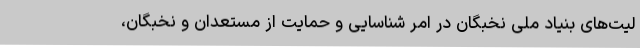
لیت‌های بنیاد ملی نخبگان در امر شناسایی و حمایت از مستعدان و نخبگان،